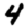
Digit: 4